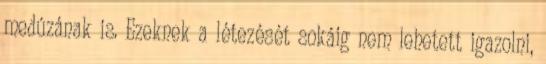
medúzának is. Ezeknek a létezését sokáig nem lehetett igazolni,